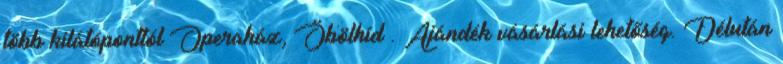
több kilátóponttól Operaház, Öbölhíd . Ajándék vásárlási lehetőség. Délután